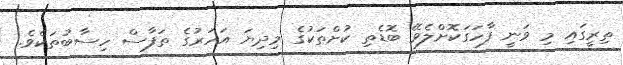
ތިރީގައި މި ވަނީ ފާހަގަކޮށްލެވޭ ބޮޑެތި ކުށްތަކުގެ މިދިޔަ އަހަރުގެ ތަފާސް ހިސާބުތަކެވެ.